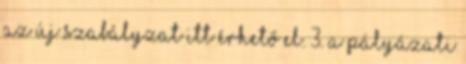
Az új szabályzat itt érhető el. 3. A pályázati